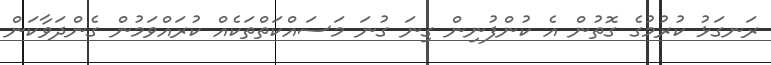
ރަނގަޅު ކުރުމުގެ ގޮތުން އެ ކުންފުނިން ގިނަ ގުނަ މަސައްކަތްތަކެއް ކުރައްވަމުން ގެންދަވާކަން